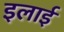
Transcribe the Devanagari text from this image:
इलाई